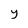
Character: y